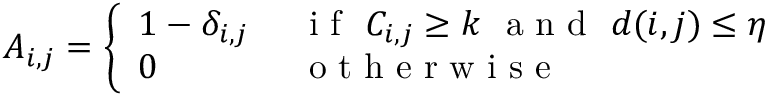
A _ { i , j } = \left\{ \begin{array} { l l } { 1 - \delta _ { i , j } } & { ~ \mathrm { ~ i ~ f ~ } ~ C _ { i , j } \geq k ~ \mathrm { ~ a ~ n ~ d ~ } ~ d ( i , j ) \leq \eta } \\ { 0 } & { ~ \mathrm { ~ o ~ t ~ h ~ e ~ r ~ w ~ i ~ s ~ e ~ } } \end{array} \right.